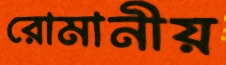
রোমানীয়